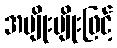
အမျိုးမျိုးဖြင့်